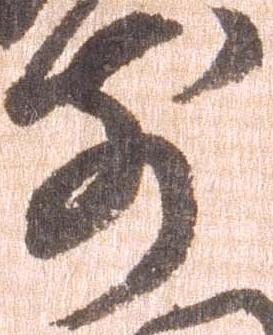
前